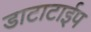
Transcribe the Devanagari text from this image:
डाटाटाईप